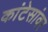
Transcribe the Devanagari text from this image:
कांटेसांवर